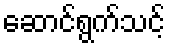
ဆောင်ရွက်သင့်